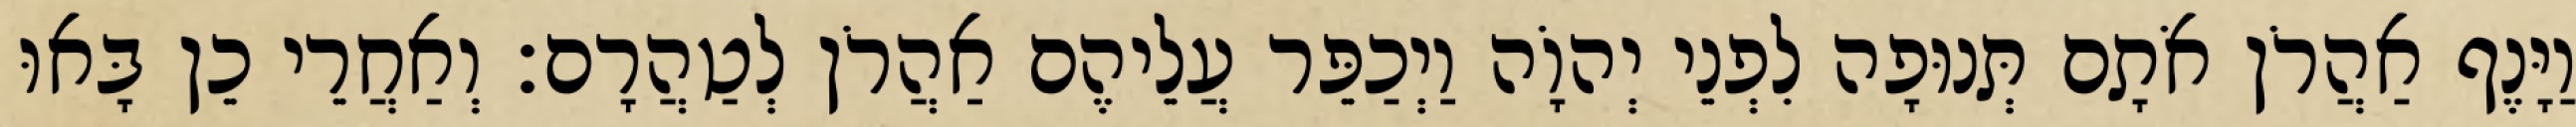
וַיָּנֶף אַהֲרֹן אֹתָם תְּנוּפָה לִפְנֵי יְהוָֹה וַיְכַפֵּר עֲלֵיהֶם אַהֲרֹן לְטַהֲרָם׃ וְאַחֲרֵי כֵן בָּאוּ